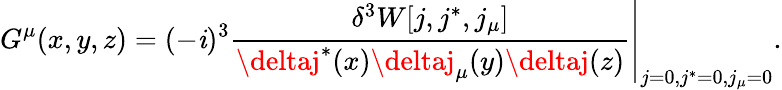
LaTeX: G^{\mu}(x,y,z)=(-\mathit{i})^{3}\left.\frac{{\delta^{3}W[j,j^{\ast},j_{\mu}]}}{{\deltaj^{\ast}(x)\deltaj_{\mu}(y)\deltaj(z)}}\right|_{j=0,j^{\ast}=0,j_{\mu}=0}.